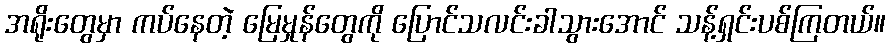
အရိုးတွေမှာ ကပ်နေတဲ့ မြေမှုန်တွေကို ပြောင်သလင်းခါသွားအောင် သန့်ရှင်းပစ်ကြတယ်။